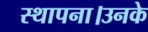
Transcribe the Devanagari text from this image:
स्थापना।उनके